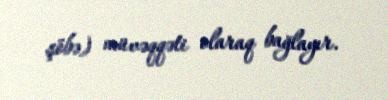
şöbə) müvəqqəti olaraq bağlayır.